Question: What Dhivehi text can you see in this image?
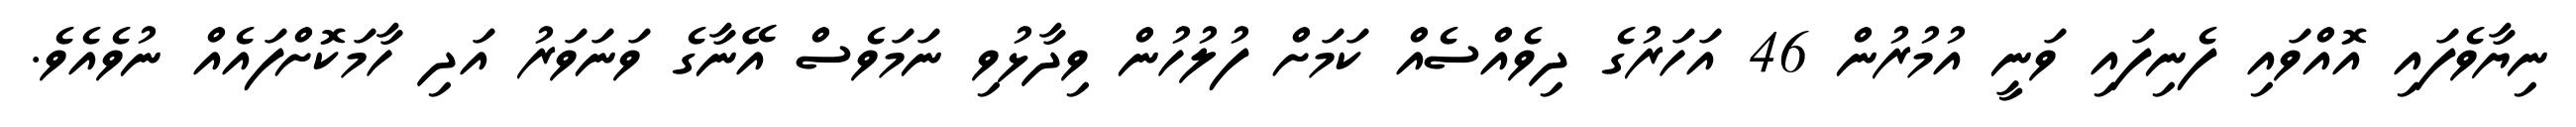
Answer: ނިޔާވެފައި އޮއްވައި ފެނިފައި ވަނީ އުމުރުން 46 އަހަރުގެ ދިވެއްސެއް ކަމަށް ފުލުހުން ވިދާޅުވި ނަމަވެސް އޭނާގެ ވަނަވަރު އަދި ހާމަކޮށްފައެއް ނުވެއެވެ.